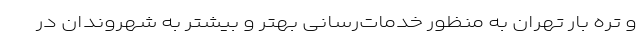
و تره بار تهران به منظور خدمات‌رسانی بهتر و بیشتر به شهروندان در